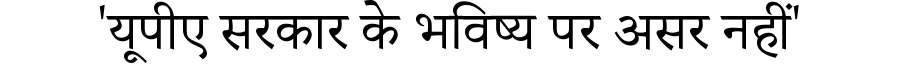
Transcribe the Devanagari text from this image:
'यूपीए सरकार के भविष्य पर असर नहीं'